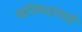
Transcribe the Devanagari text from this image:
खजिनदारपदी